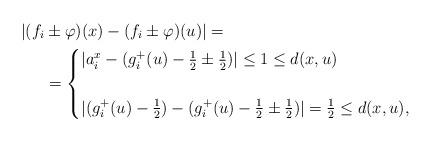
LaTeX: \begin{align*} |(f_i&\pm \varphi)(x)-(f_i\pm \varphi)(u)|=\\ &=\begin{cases}|a^x_i-(g^{+}_i(u)-\frac12\pm \frac12)|\leq 1\leq d(x,u)\\\\|(g^{+}_i(u)-\frac12)-(g^{+}_i(u)-\frac12\pm \frac12)|=\frac12 \leq d(x,u),\end{cases} \end{align*}